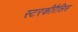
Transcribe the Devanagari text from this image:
स्टरकीरैलिस